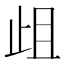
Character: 𭭞